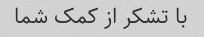
با تشکر از کمک شما